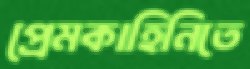
প্রেমকাহিনিতে